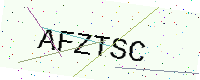
Text: AFZTSC